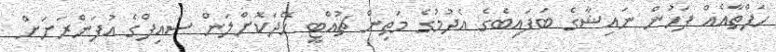
ހަފްތާއެއް ފަހުން ނައިޝާގެ ބަފައިބެގެ އެދުމުގެ މަތިން ޗުއްޓީ ހޭދަކޮށްލަން ސައިފްގެ އުފަންރަށަށް